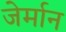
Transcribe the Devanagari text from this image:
जेर्मान